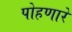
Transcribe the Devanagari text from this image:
पोहणारे